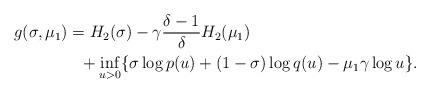
LaTeX: \begin{align*} &g(\sigma,\mu_1) = H_2(\sigma) -\gamma\frac{\delta-1}{\delta} H_2 (\mu_1) \\ &\qquad\qquad+\inf_{u>0} \{ \sigma \log p(u) + (1-\sigma) \log q(u) - \mu_1 \gamma \log u \}. \end{align*}